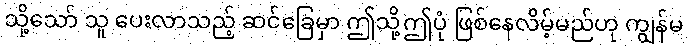
သို့သော် သူ ပေးလာသည့် ဆင်ခြေမှာ ဤသို့ဤပုံ ဖြစ်နေလိမ့်မည်ဟု ကျွန်မ